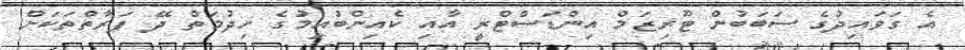
އެ ގަވައިދުގެ ސަބަބުން ޓޫރިޒަމް އިންޑަސްޓްރީ އާއި ކެއިންބުއިމުގެ ހިދުމަތް ދޭ ފަރާތްތަކަށް